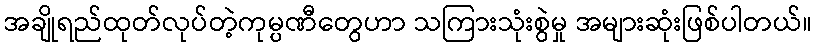
အချိုရည်ထုတ်လုပ်တဲ့ကုမ္ပဏီတွေဟာ သကြားသုံးစွဲမှု အများဆုံးဖြစ်ပါတယ်။